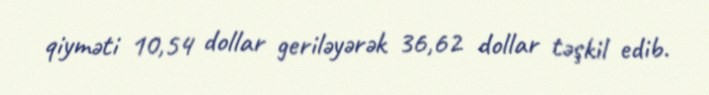
qiyməti 10,54 dollar geriləyərək 36,62 dollar təşkil edib.